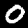
Digit: 0